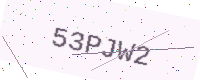
Text: 53PJW2